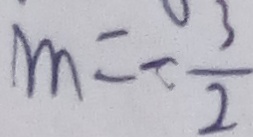
m = - \frac { 3 } { 2 }